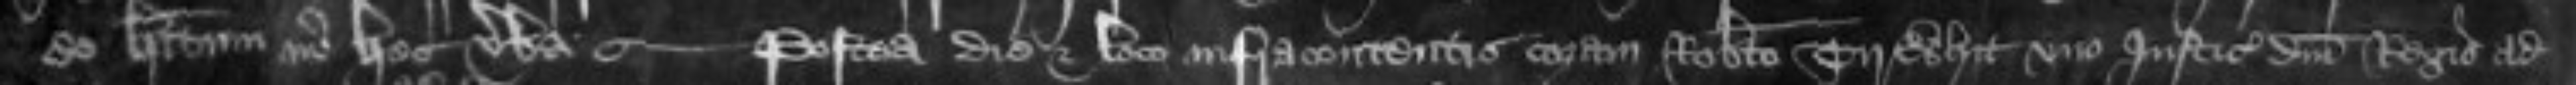
eo habitum in hec verba Postea die et loco infracontentis coram Roberto Tirwhit uno Justiciariorum domini Regis ad